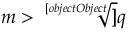
m > { \sqrt [ [object Object] ] { q } }